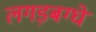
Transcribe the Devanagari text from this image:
लगड़बग्घे